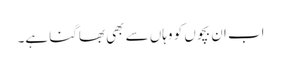
اب ان بچوں کو وہاں سے بھی بھاگنا ہے۔